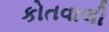
કોતવાલી